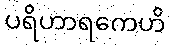
ပရိဟာရကေဟိ